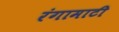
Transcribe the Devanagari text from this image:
रंगामाटी